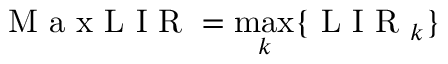
\mathrm { ~ M ~ a ~ x ~ L ~ I ~ R ~ } = \operatorname* { m a x } _ { k } \{ \mathrm { ~ L ~ I ~ R ~ } _ { k } \}